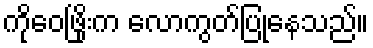
ကိုဝေဖြိုးက လောကွတ်ပြုနေသည်။